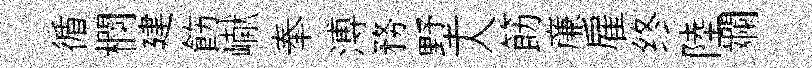
循欄建飭𪩘奉溥務墅人筯亷雇终陸斕